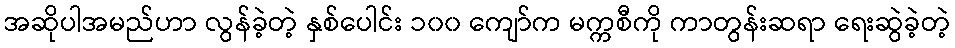
အဆိုပါအမည်ဟာ လွန်ခဲ့တဲ့ နှစ်ပေါင်း ၁၀၀ ကျော်က မက္ကစီကို ကာတွန်းဆရာ ရေးဆွဲခဲ့တဲ့